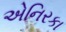
એનિરકા